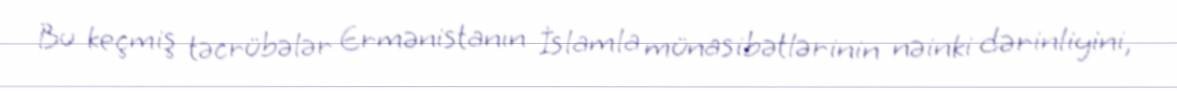
Bu keçmiş təcrübələr Ermənistanın İslamla münasibətlərinin nəinki dərinliyini,